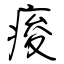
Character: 痠